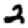
Digit: 2